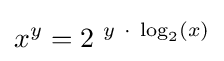
x^{y}=2^{\ y\ \cdot \ \log _{2}(x)}